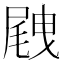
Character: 𡲭